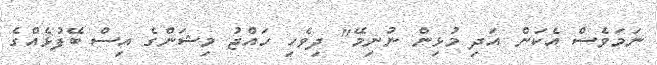
ނަމަވެސް އެކަން އަދި މުޅިން ނުނިމޭ" ދިވެހި ހައްޖު މިޝަންގެ އިސް ބޭފުޅެއްގެ